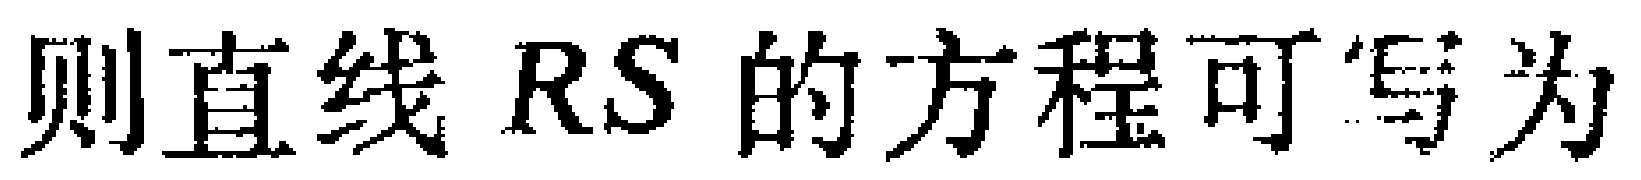
则直线 \(RS\) 的方程可写为